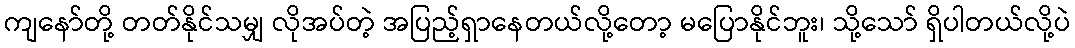
ကျနော်တို့ တတ်နိုင်သမျှ လိုအပ်တဲ့ အပြည့်ရှာနေတယ်လို့တော့ မပြောနိုင်ဘူး၊ သို့သော် ရှိပါတယ်လို့ပဲ